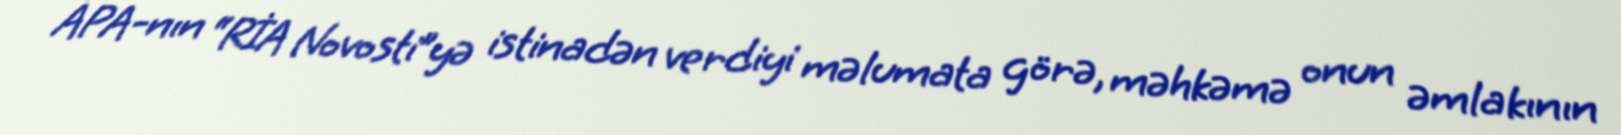
APA-nın “RİA Novosti”yə istinadən verdiyi məlumata görə, məhkəmə onun əmlakının